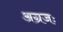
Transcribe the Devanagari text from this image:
अग्रजः